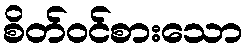
စိတ်ဝင်စားသော